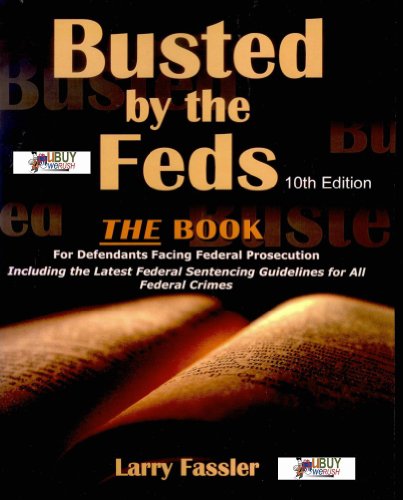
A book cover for Busted by the Feds: A Manual for Defendants Facing Federal Prosecution; Larry Fassler; Law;